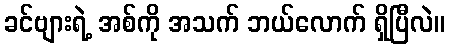
ခင်ဗျားရဲ့ အစ်ကို အသက် ဘယ်လောက် ရှိပြီလဲ။